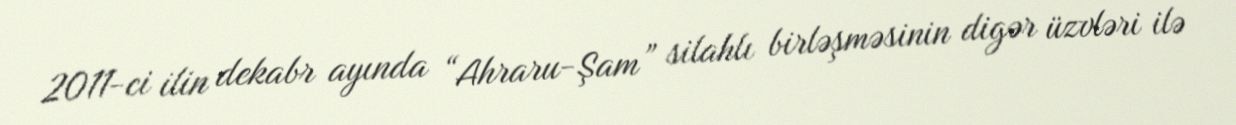
2011-ci ilin dekabr ayında “Ahraru-Şam” silahlı birləşməsinin digər üzvləri ilə